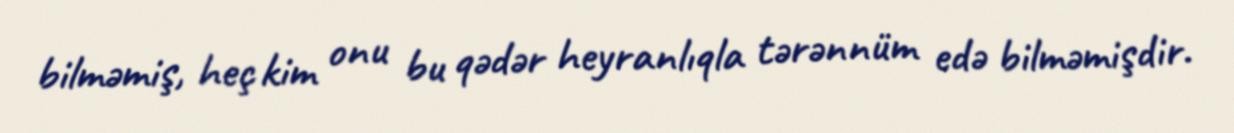
bilməmiş, heç kim onu bu qədər heyranlıqla tərənnüm edə bilməmişdir.